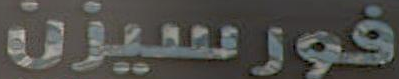
فورسيزن